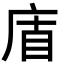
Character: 𢈬